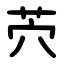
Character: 茓